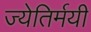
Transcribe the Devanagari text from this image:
ज्येतिर्मयी